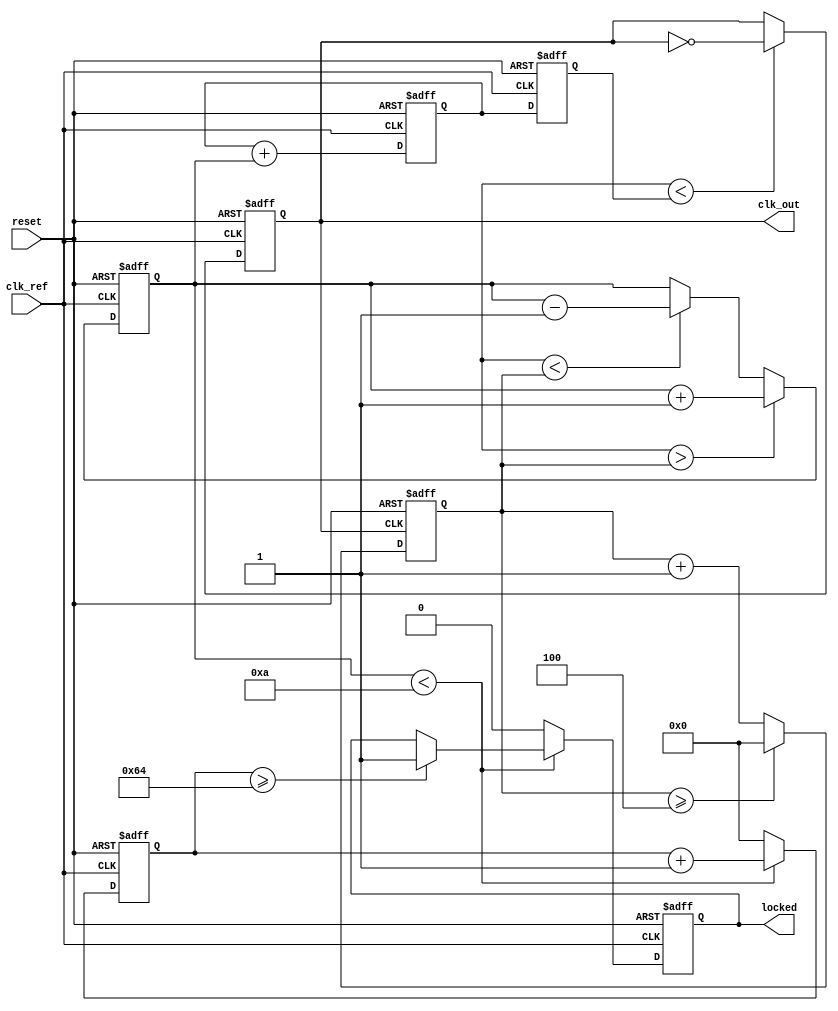
module PLL (
    input wire clk_ref,         // Reference clock input
    input wire reset,          // Reset signal
    output reg clk_out,        // Output clock signal
    output reg locked          // Lock status output
);

// Parameters
parameter DIV_RATIO = 4;     // Division ratio for feedback
parameter LOCK_THRESHOLD = 10; // Threshold for lock detection

// Internal signals
reg [31:0] phase_error;       // Phase error signal
reg [31:0] control_voltage;    // Control voltage for VCO
reg [31:0] vco_frequency;      // VCO frequency
reg [31:0] feedback_counter;   // Feedback counter
reg [31:0] lock_counter;       // Lock counter
reg [31:0] vco_counter;        // VCO counter

// Phase Detector (PD)
always @(posedge clk_ref or posedge reset) begin
    if (reset) begin
        phase_error <= 0;
    end else begin
        // Simple phase error detection (leading/lagging)
        if (vco_counter > feedback_counter) begin
            phase_error <= phase_error + 1; // Output clock is lagging
        end else if (vco_counter < feedback_counter) begin
            phase_error <= phase_error - 1; // Output clock is leading
        end
    end
end

// Loop Filter (LF)
always @(posedge clk_ref or posedge reset) begin
    if (reset) begin
        control_voltage <= 0;
    end else begin
        // Simple proportional control
        control_voltage <= control_voltage + phase_error;
    end
end

// Voltage-Controlled Oscillator (VCO)
always @(posedge clk_ref or posedge reset) begin
    if (reset) begin
        vco_frequency <= 0;
        clk_out <= 0;
    end else begin
        // Adjust frequency based on control voltage
        vco_frequency <= control_voltage; // This is a simplified model
        clk_out <= (vco_counter < vco_frequency) ? ~clk_out : clk_out;
    end
end

// Divider
always @(posedge clk_out or posedge reset) begin
    if (reset) begin
        feedback_counter <= 0;
    end else begin
        feedback_counter <= feedback_counter + 1;
        if (feedback_counter >= DIV_RATIO) begin
            feedback_counter <= 0; // Reset feedback counter
        end
    end
end

// Lock Detection
always @(posedge clk_ref or posedge reset) begin
    if (reset) begin
        lock_counter <= 0;
        locked <= 0;
    end else begin
        if (phase_error < LOCK_THRESHOLD) begin
            lock_counter <= lock_counter + 1;
            if (lock_counter >= 100) begin // Arbitrary lock time threshold
                locked <= 1; // PLL is locked
            end
        end else begin
            lock_counter <= 0; // Reset lock counter if out of lock
            locked <= 0;
        end
    end
end

endmodule